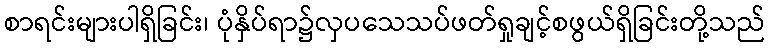
စာရင်းများပါရှိခြင်း၊ ပုံနှိပ်ရာ၌လှပသေသပ်ဖတ်ရှုချင့်စဖွယ်ရှိခြင်းတို့သည်